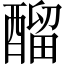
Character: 𨢇